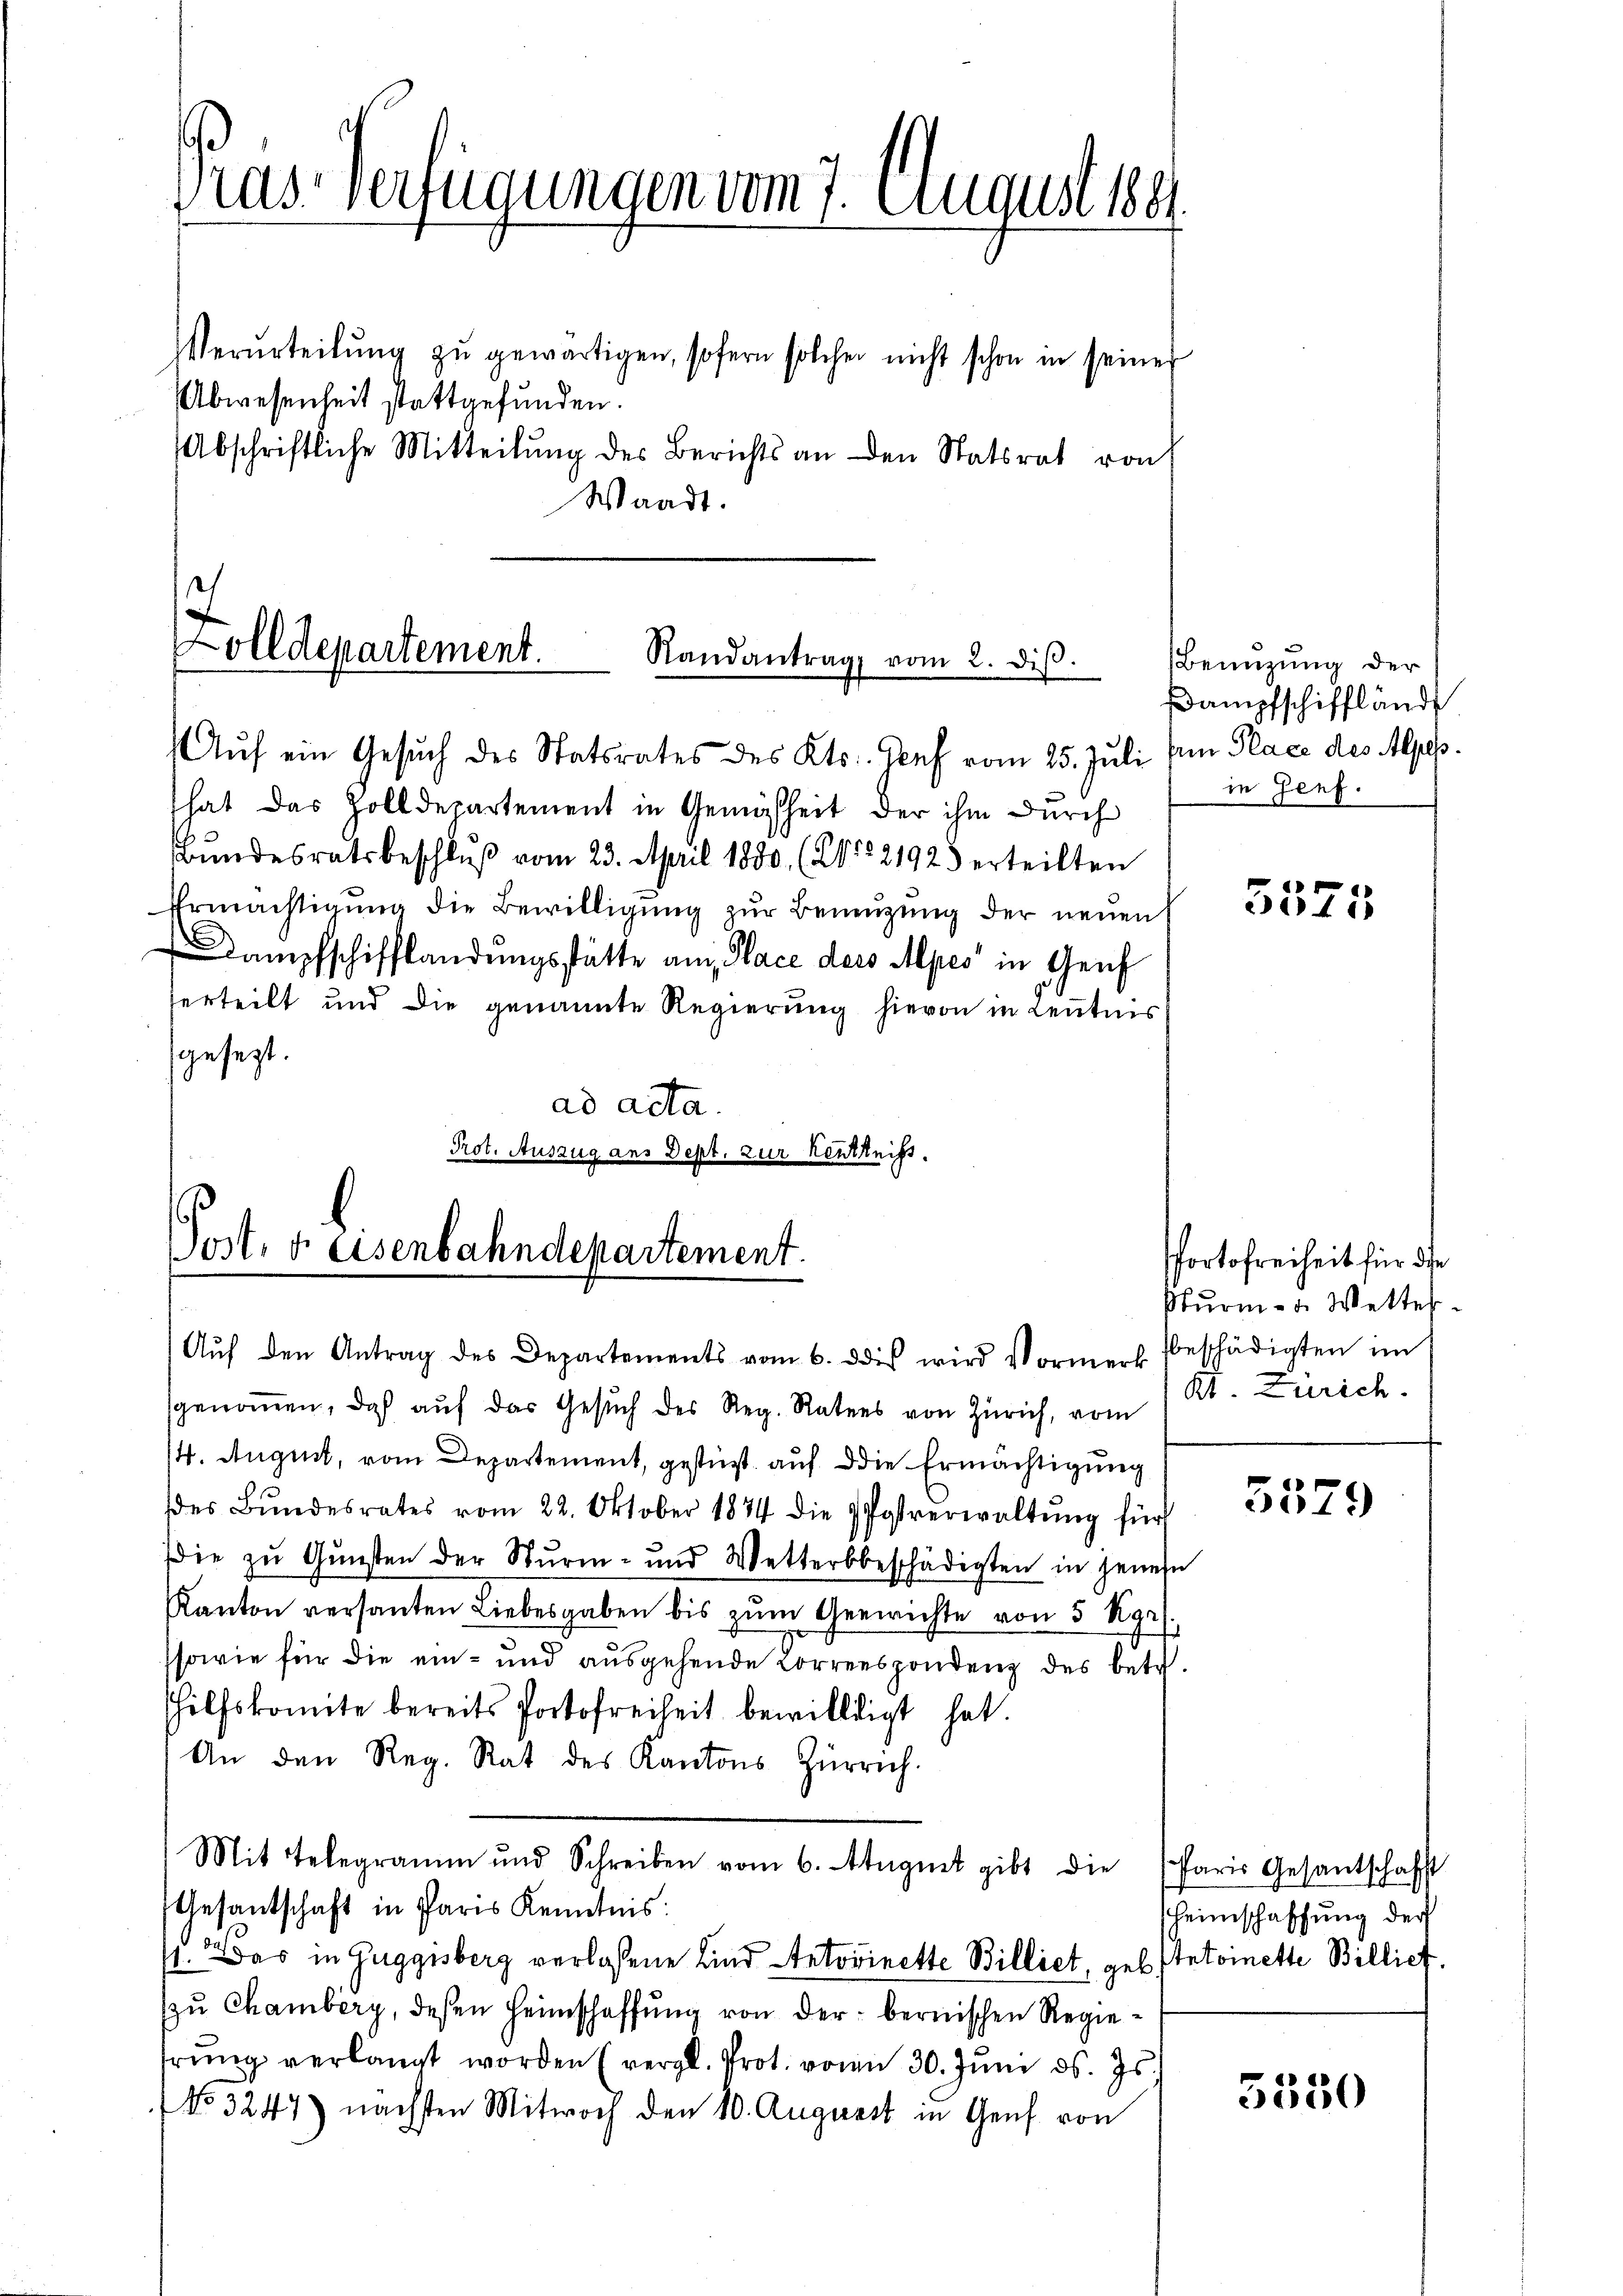
Pras Verfügungen vom 7. August 188

Verurteilŭng zŭ gewärtigen, sofern solcher nicht schon in seiner
Abwesenheit stattgefunden.
Abschriftliche Mitteilŭng des Berichts an den Statsrat von
Waadt.

Zolldepartement.
Randantrag vom 2. diβ.
Aŭf ein Gesuch des Statsrates des Kts. Genf vom 25. Juli den Place des Alpes.

Post. v. Eisenbahndepartement.

hat das Zolldepartement in Gemäsheit der ihm durch
Bundesratsbeschlŭβ vom 23. April 1880 (2122192 erteilten
Ermächtigŭng die Bewilligŭng zŭr Benŭtzŭng der neuen
Dampfschifflandungsstätte am Place ders Apes in Genf
serteilt und die genannte Regierung hievon in Leutnis
gesezt.
ad acta.
Prot. Auszug aus Dept. zur Kentheift.

Aŭf den Antrag des Departements vom 6. dis wird Vormerk beschädigten im
sgenoṁen, daß auf das Gesŭch des Reg. Rates von Zürich, vom
14. August, vom Departement, gestüzt auf die Ermächtigung
des Bŭndesrates vom 22. Oktober 1874 die Postverwaltŭng für
die zu Gunsten der Sturm- und Wetterbeschädigten in jenen
Kanton versanten Liebesgaben bis zŭm Gerichte von 5 Kgr.
sowie für die ein- und ausgehende Korrespondenz des betr.
hilfskomite bereits Portofreiheit bewilligt hat.
An den Reg. Rat des Kantons Zürrich.
Mit Telegramm und Schreiben vom 6. August gibt die Paris Gesantschafft
Gesantschaft in Paris Kenntnis:
1. das in Guggisberg verlassene Kind Antovirette Billiet, geb. Antoinette Billiet.
(zŭ Chamberg, deßen Heimschaffŭng von der bernischen Regiehrŭng verlangt worden (vergl. Prot. von 30. Jŭni d. Js.
No 3247) nächsten Mitwoch den 10. August in Genf von

Benuzung der
Dampfschifflände
in Genf.

i
21 f 15

PPortofreiheit für die
Sturm - u. Wettel
Kt. Zürich.

3379

heimschaffung der

5550